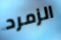
الزمرد